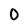
Character: O